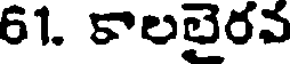
61. కాలలైరవ